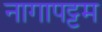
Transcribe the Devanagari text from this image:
नागापट्टम